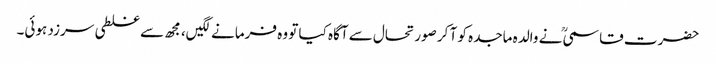
حضرت قاسمیؒ نے والدہ ماجدہ کو آ کر صورتحال سے آگاہ کیا تو وہ فرمانےلگیں، مجھ سے غلطی سرزد ہوئی۔